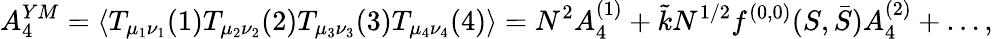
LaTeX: {A_{4}^{YM}=\langle T_{\mu_{1}\nu_{1}}(1)T_{\mu_{2}\nu_{2}}(2)T_{\mu_{3}\nu_{3}}(3)T_{\mu_{4}\nu_{4}}(4)\rangle=N^{2}A_{4}^{(1)}+\tilde{k}N^{1/2}f^{(0,0)}(S,\bar{S})A_{4}^{(2)}+\dots,}